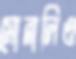
সোনালিও